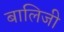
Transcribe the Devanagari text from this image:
बालिजी